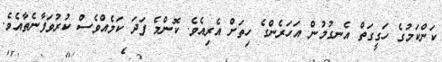
ކަންކަމުގެ ހަގީގަތް އެނގުމުން އަހަރެންގެ ހިތަށް އެރިއެވެ. ކޮންމެ ފަދަ ކަމެއްވެސް ކުރުވަފާނެތާއެވެ.